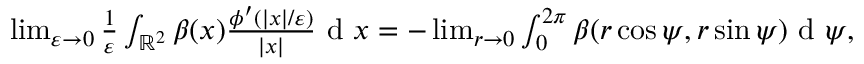
\begin{array} { r } { \operatorname* { l i m } _ { \varepsilon \to 0 } \frac { 1 } { \varepsilon } \int _ { \mathbb { R } ^ { 2 } } \beta ( x ) \frac { \phi ^ { \prime } ( | x | / \varepsilon ) } { | x | } \textrm { d } x = - \operatorname* { l i m } _ { r \to 0 } \int _ { 0 } ^ { 2 \pi } \beta ( r \cos \psi , r \sin \psi ) \textrm { d } \psi , } \end{array}